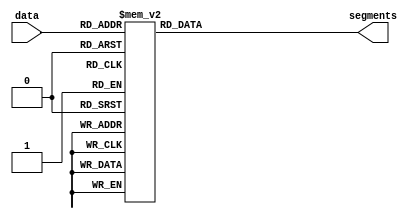
module sevenSeg(
	input [3:0] data,
	output reg [6:0] segments);

	always @ (*)
		case(data)
			0:		 segments = 7'b000_0001;
			1:		 segments = 7'b100_1111;
			2:		 segments = 7'b001_0010;
			3:		 segments = 7'b000_0110;
			4:		 segments = 7'b100_1100;
			5:		 segments = 7'b010_0100;
			6:		 segments = 7'b010_0000;
			7:		 segments = 7'b000_1111;
			8:		 segments = 7'b000_0000;
			9:		 segments = 7'b000_1100;
			10:		 segments = 7'b000_1000;
			11:		 segments = 7'b110_0000;
			12:		 segments = 7'b111_0010;
			13:		 segments = 7'b100_0010;
			14:		 segments = 7'b011_0000;
			15:		 segments = 7'b011_1000;
			default: segments = 7'b111_1111;
		endcase
endmodule